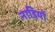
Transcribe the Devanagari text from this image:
नाड़ियों